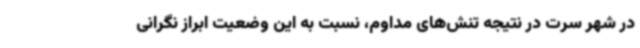
در شهر سرت در نتیجه تنش‌های مداوم، نسبت به این وضعیت ابراز نگرانی